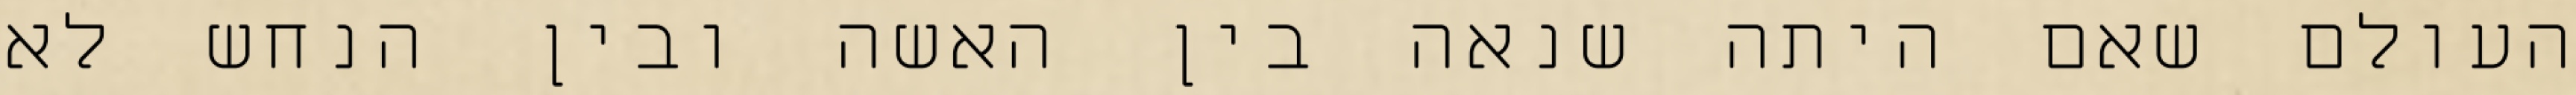
העולם שאם היתה שנאה בין האשה ובין הנחש לא